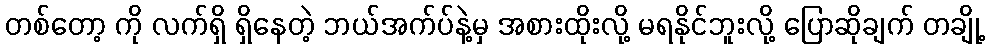
တစ်တော့ ကို လက်ရှိ ရှိနေတဲ့ ဘယ်အက်ပ်နဲ့မှ အစားထိုးလို့ မရနိုင်ဘူးလို့ ပြောဆိုချက် တချို့